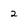
Character: 2